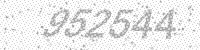
Solution: 952544